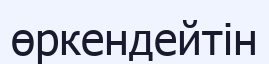
өркендейтін